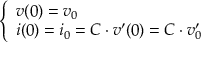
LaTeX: \left\{ \begin{array} { l l } { v ( 0 ) = v _ { 0 } } \\ { i ( 0 ) = i _ { 0 } = C \cdot v ^ { \prime } ( 0 ) = C \cdot v _ { 0 } ^ { \prime } } \end{array} \right.